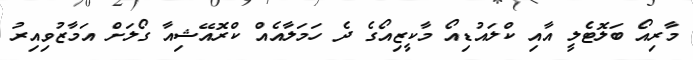
މާރިއޯ ބަލޮޓެލީ އާއި ކްލައުޑިއޯ މާކީޒިއޯގެ ދެ ހަމަލާއެއް ކްރޮއޭޝިއާ ގޯލަށް އަމާޒުވިއިރު